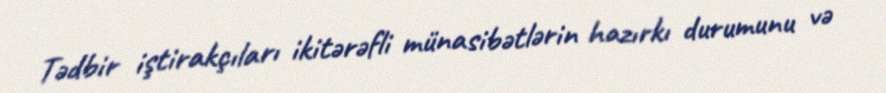
Tədbir iştirakçıları ikitərəfli münasibətlərin hazırkı durumunu və